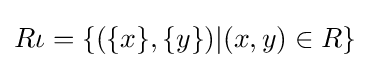
R\iota =\{(\{x\},\{y\})|(x,y)\in R\}